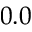
0 . 0